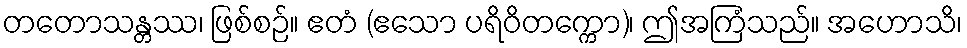
တတောသန္တဿ၊ ဖြစ်စဉ်။ ဧတံ (ဧသော ပရိဝိတက္ကော)၊ ဤအကြံသည်။ အဟောသိ၊